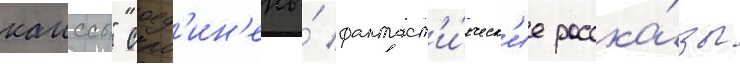
каиссы" соед'ин'ены́ фантаст'и́ческ'ие расска́зы